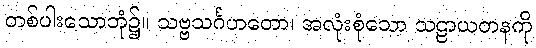
တစ်ပါးသောဘုံ၌။ သဗ္ဗသင်္ဂဟတော၊ အလုံးစုံသော သဠာယတနကို